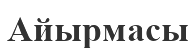
Айырмасы